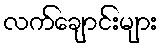
လက်ချောင်းများ